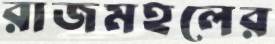
রাজমহলের